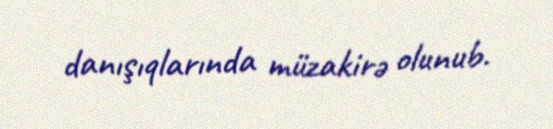
danışıqlarında müzakirə olunub.